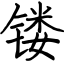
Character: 镂